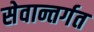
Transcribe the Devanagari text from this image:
सेवान्तर्गत